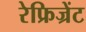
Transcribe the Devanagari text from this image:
रेफ्रिज्रेंट